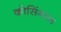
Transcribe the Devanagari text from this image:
कोसिंगटन